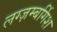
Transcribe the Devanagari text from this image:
लग्ज़म्बर्गिश